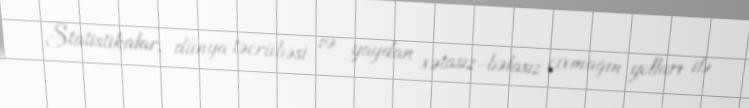
Statistikalar, dünya təcrübəsi və yaydan xətasız-bəlasız çıxmağın yolları ilə